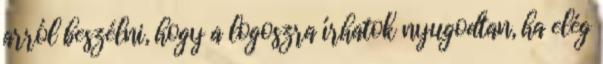
arról beszélni, hogy a logoszra írhatok nyugodtan, ha elég